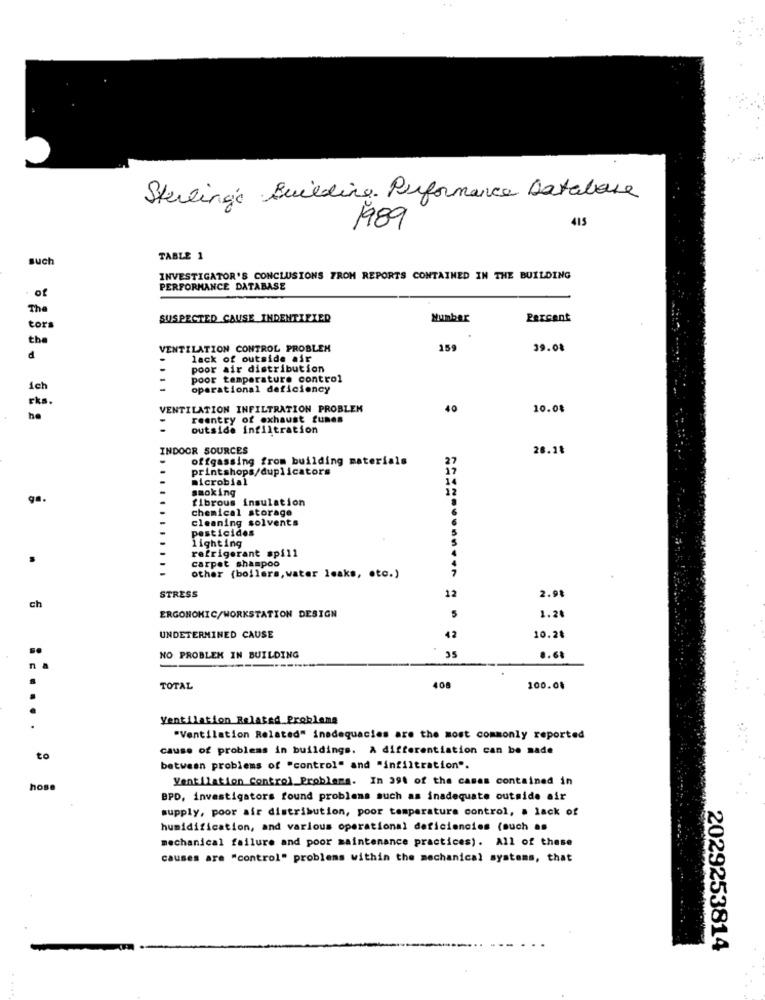
Sterling's Building. Performance Database
415
1989
such
TABLE 1
INVESTIGATOR'S CONCLUSIONS FROM REPORTS CONTAINED IN THE BUILDING
PERFORMANCE DATABASE
of
The
SUSPECTED CAUSE INDENTIFIED
Number
Percent
tors
the
VENTILATION CONTROL PROBLEM
159
39.08
d
lack of outside air
poor air distribution
poor temperature control
ich
operational deficiency
rks
VENTILATION INFILTRATION PROBLEM
40
10.08
he
reentry of exhaust funes
-
outside infiltration
INDOOR SOURCES
28.18
offgassing from building materials
printshops/duplicators
microbial
smoking
12
ga.
fibrous insulation
chemical storage
cleaning solvents
pesticides
lighting
refrigerant spill
carpet shampoo
other (bollers, water leaks, etc.)
STRESS
12
2.98
ch
5
ERGONOMIC/WORKSTATION DESIGN
1.20
UNDETERMINED CAUSE
42
10.24
..
NO PROBLEM IN BUILDING
35
8.61
n
TOTAL
408
100.08
Ventilation Related Problems
.
"Ventilation Related" inadequacies are the most commonly reported
cause of problems in buildings. A differentiation can be made
to
between problems of "control" and "infiltration".
Ventilation Control Problema. In 391 of the casas contained in
hose
BPD, investigators found problems such as inadequate outside air
supply, poor air distribution, poor temperature control, . lack of
humidification, and various operational deficiencies (such as
mechanical failure and poor maintenance practices). All of these
causes are "control" problems within the mechanical systems, that
2029253814
...